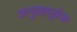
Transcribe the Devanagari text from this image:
अनुग्रहपूर्वक